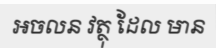
អចលន វត្ថុ ដែល មាន